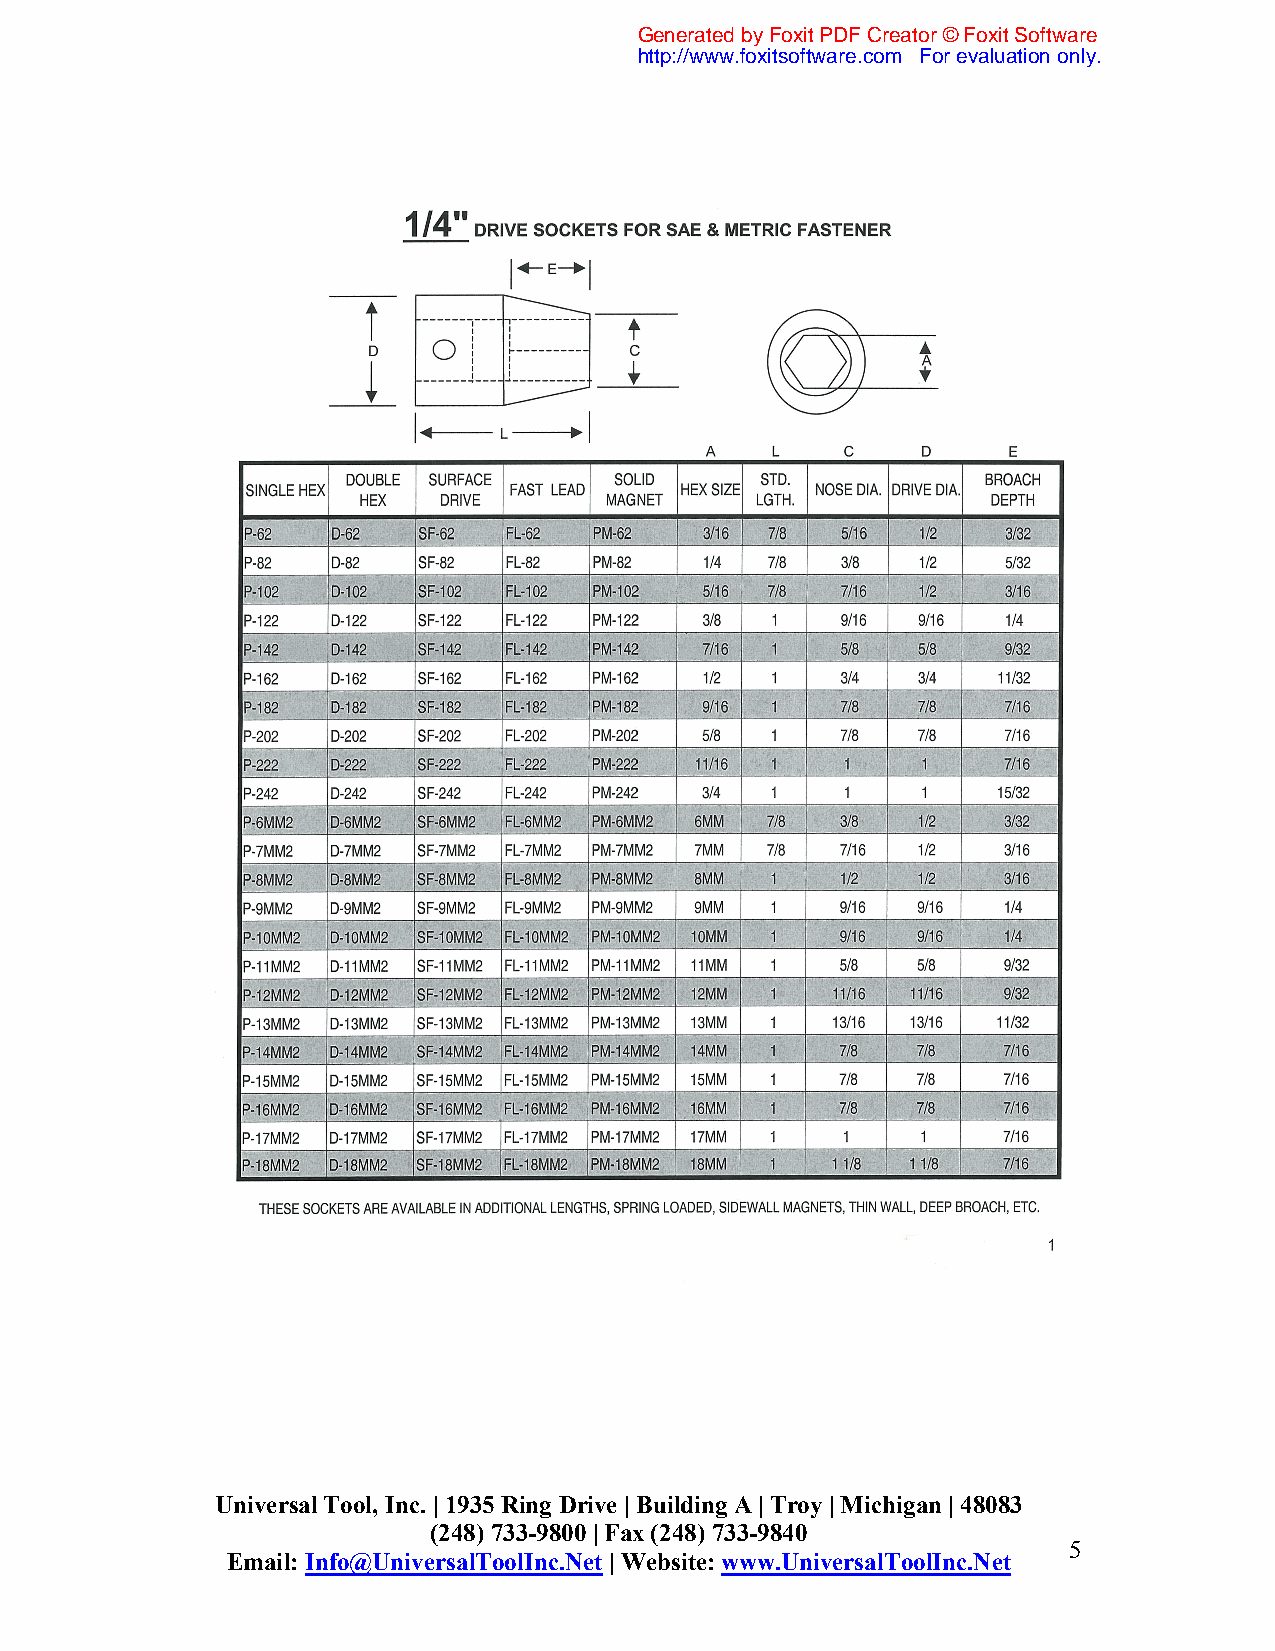
Generated by Foxit PDF Creator © Foxit Software
 http://www.foxitsoftware.com For evaluation only.
 Universal Tool, Inc. | 1935 Ring Drive | Building A | Troy | Michigan | 48083
 (248) 733-9800 | Fax (248) 733-9840
 5
 Email: Info@UniversalToolInc.Net | Website: www.UniversalToolInc.Net